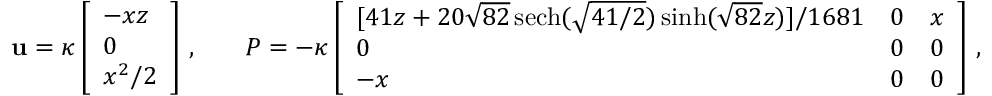
\begin{array} { r l r l } & { \mathbf { u } = \kappa \left[ \begin{array} { l } { - x z } \\ { 0 } \\ { x ^ { 2 } / 2 } \end{array} \right] \, , } & & { \boldsymbol { P } = - \kappa \left[ \begin{array} { l l l } { [ 4 1 z + 2 0 \sqrt { 8 2 } \, \mathrm { s e c h } ( \sqrt { 4 1 / 2 } ) \sinh ( \sqrt { 8 2 } z ) ] / 1 6 8 1 } & { 0 } & { x } \\ { 0 } & { 0 } & { 0 } \\ { - x } & { 0 } & { 0 } \end{array} \right] \, , } \end{array}